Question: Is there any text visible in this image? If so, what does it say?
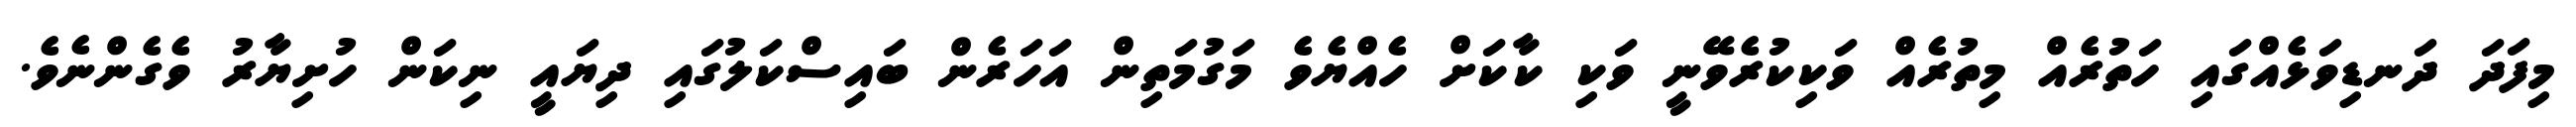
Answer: މިފަދަ ދަނޑިވަޅެއްގައި ހަތުރެއް މިތުރެއް ވަކިކުރެވޭނީ ވަކި ކާކަށް ހެއްޔެވެ މަގުމަތިން އަހަރެން ބައިސްކަލުގައި ދިޔައީ ނިކަން ހުށިޔާރު ވެގެންނެވެ.